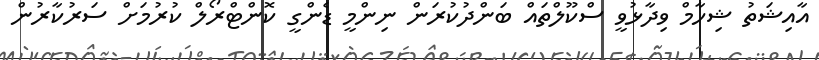
އާއިޝަތު ޝިހާމް ވިދާޅުވީ ސްކޫލްތައް ބަންދުކުރަން ނިންމީ ޑެންގީ ކޮންޓްރޯލް ކުރުމަށް ސަރުކާރުން